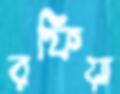
রফিয়া